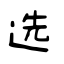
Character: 选